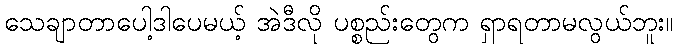
သေချာတာပေါ့ဒါပေမယ့် အဲဒီလို ပစ္စည်းတွေက ရှာရတာမလွယ်ဘူး။